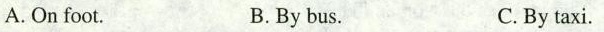
A.On foot. B.By bus. C. By taxi.